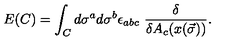
E ( C ) = \int _ { C } d \sigma ^ { a } d \sigma ^ { b } \epsilon _ { a b c } \ \frac { \delta } { \delta A _ { c } ( x ( \vec { \sigma } ) ) } .